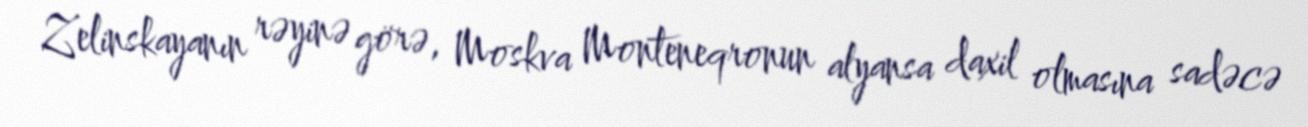
Zelinskayanın rəyinə görə, Moskva Monteneqronun alyansa daxil olmasına sadəcə